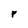
Character: r